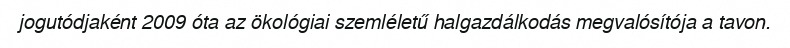
jogutódjaként 2009 óta az ökológiai szemléletű halgazdálkodás megvalósítója a tavon.